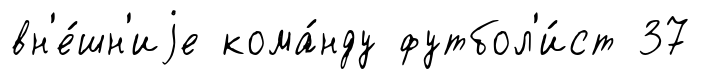
вн'е́шн'иjе кома́нду футбол'и́ст 37